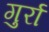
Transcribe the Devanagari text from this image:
गुर्रा